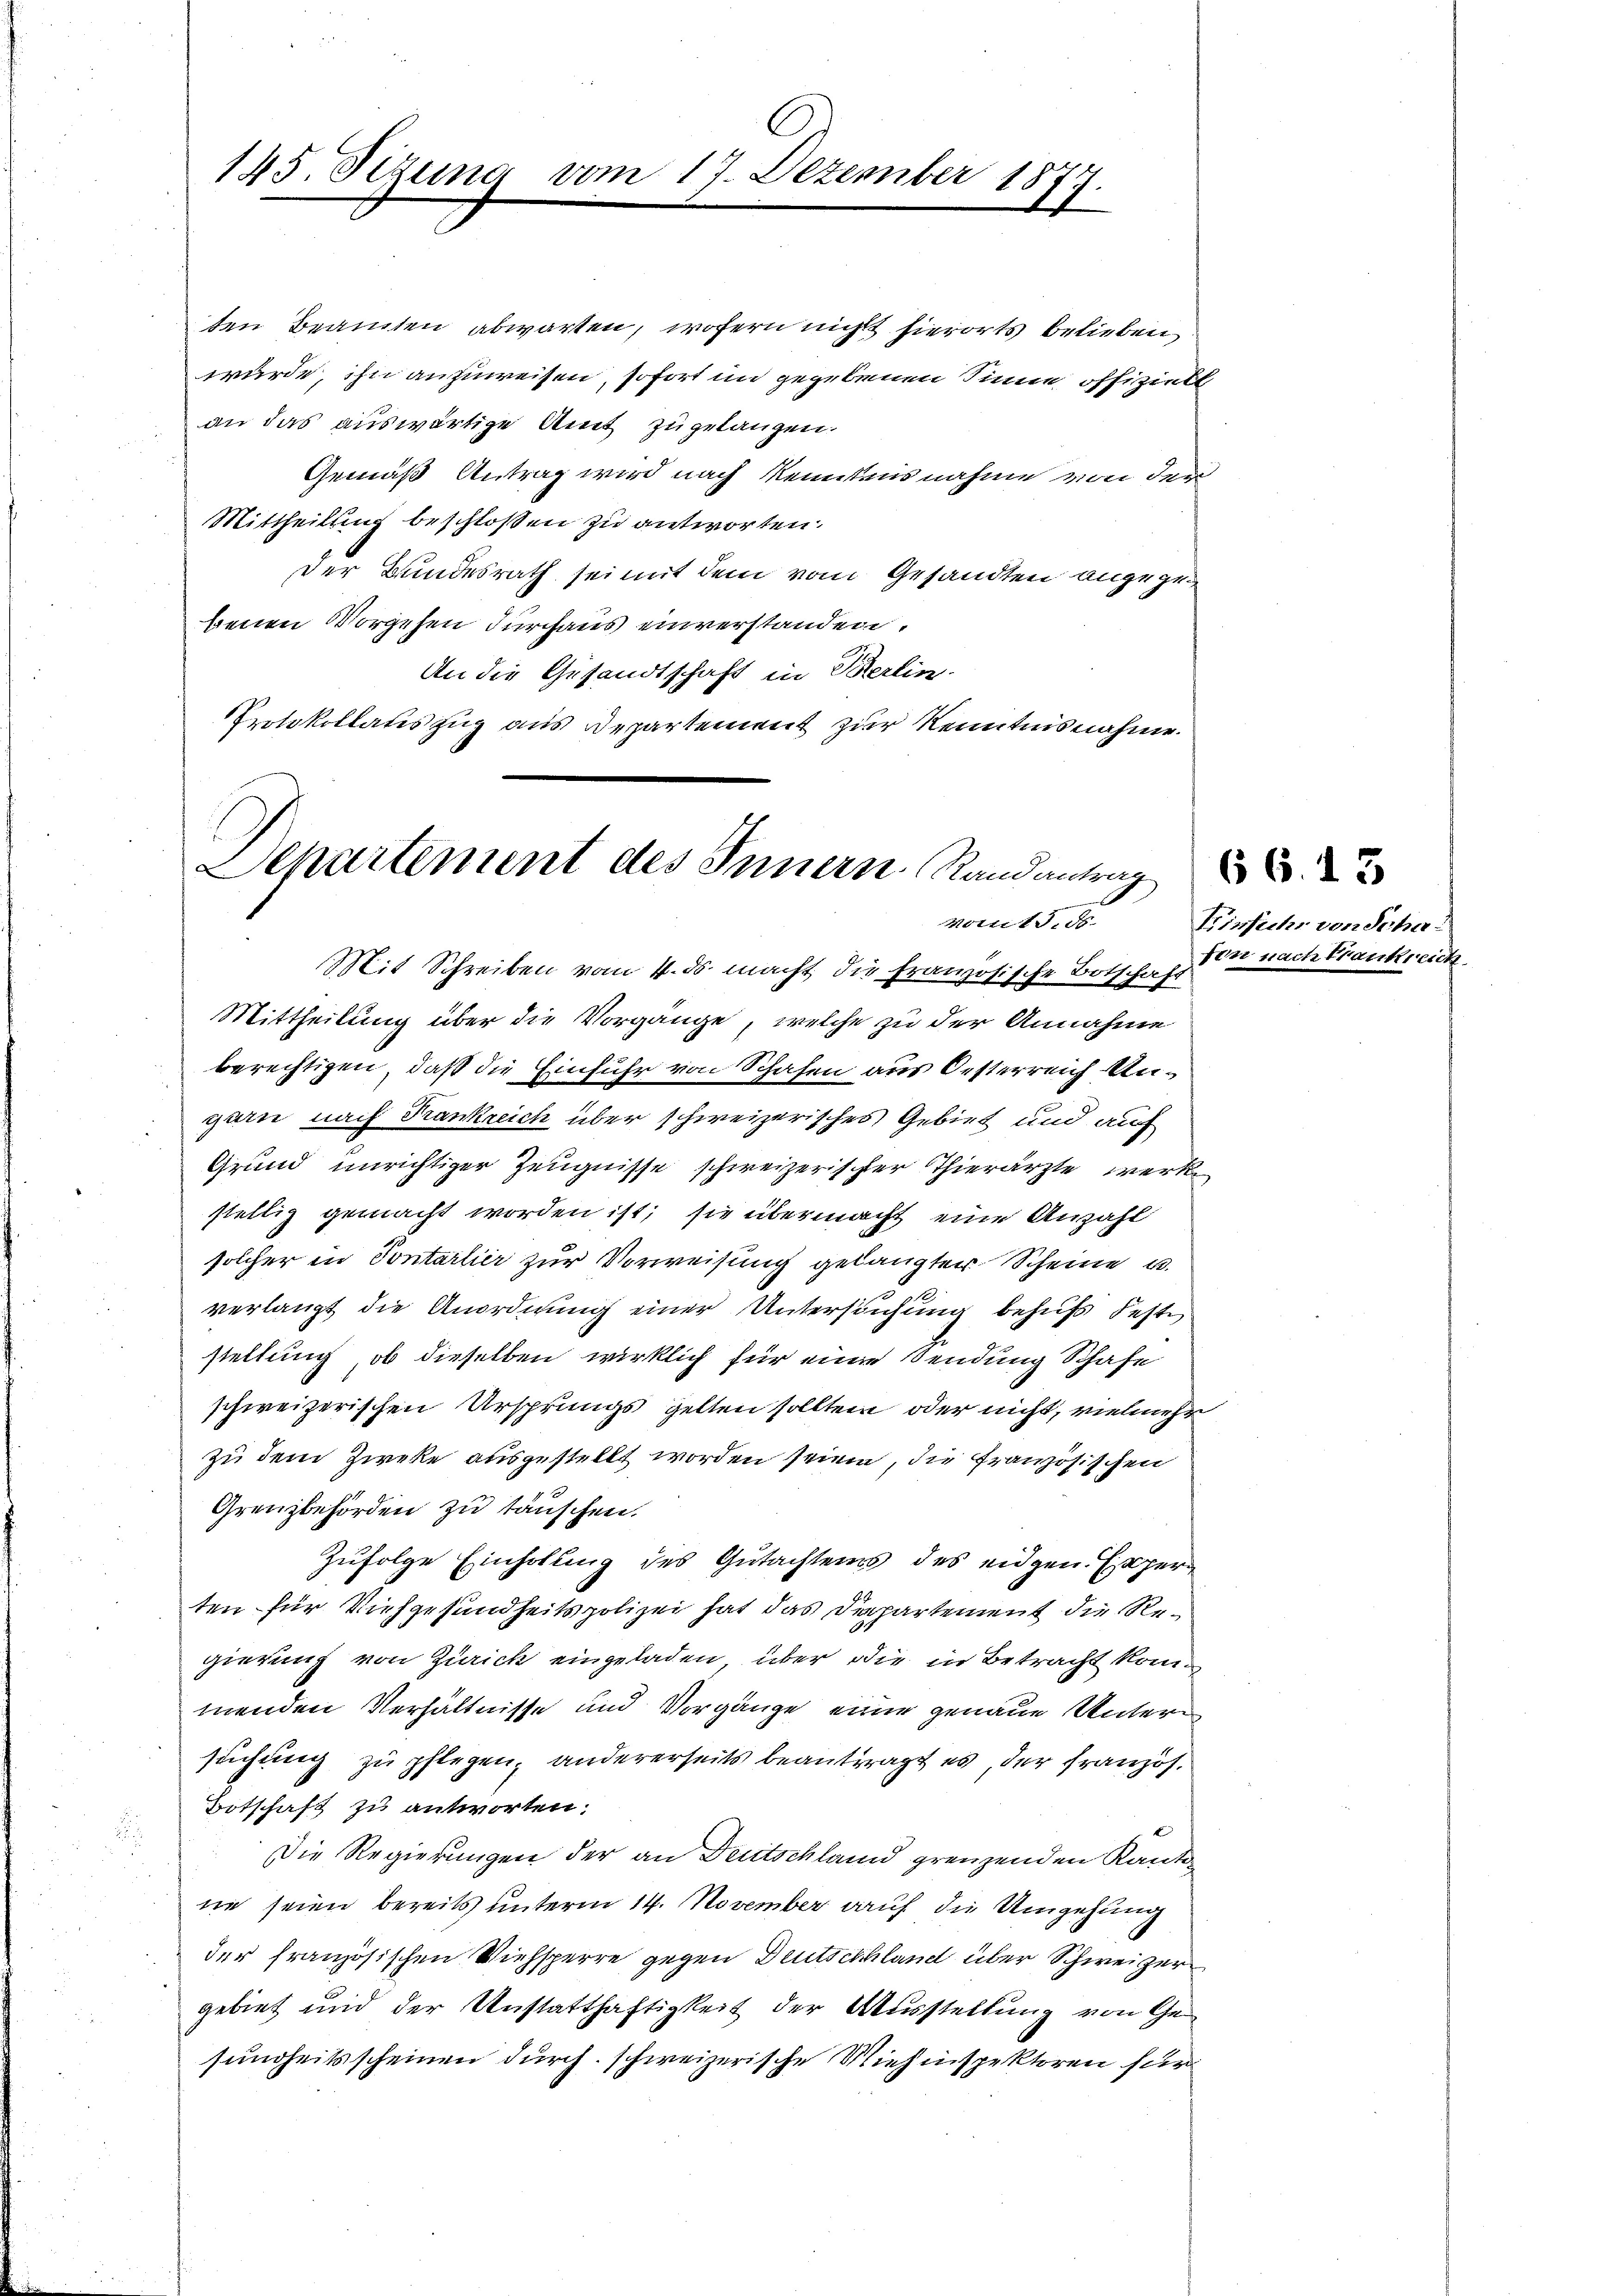
145. Setzung vom 17. Dezember 1877.

Departement des Innern. Randantrag
vom 15. 56.

ten Beamten abwarten, wofern nicht hierorts belieben
würde, ihn anzuweisen, sofort in gegebenen Sinne offizielt
an das auswärtige Amt zugelangen.
Gemäß Antrag wird nach Reintausnahme von der
Mittheilung beschloßen zu antworten.
Der Bundesrath sei mit dem vom Gesandten angegebenen Vorgehen durchaus einverstanden.
An die Gesandtschaft in Berlin.
Protokollauszug aus Departement zur Kenntnisnahme.
Mit Schreiben vom 4. ds. macht die französische Botschaft
Mittheilung über die Vorgänge, welche zu der Annahme
berechtigen, daß die Einfuhr von Schafen aus Oesterreich Angarie nach Frankreich über schweizerisches Gebiet und auf
Grund unrichtiger Zeugnisse schweizerischer Thierärzte, werk
stellig gemacht worden ist; sie übermacht eine Anzahl
solcher in Sontarlier zur Vorweisung gelangter Scheine u.
verlangt die Anordnung einer Untersuchung behufs Feste
stellung, ob dieselben wirklich für eine Sendung Schafe
schweizerischen Ursprungs gelten sollten oder nicht, vielmehr
zu dem Zieke ausgestellt worden seien, die französischen
Grenzbehörden zu täuschen.
Zufolge Einhollung des Gutachtens des eidgen. Esperten für Viehgesundheitspolizei hat das Departement die Regierung von Zürich eingeladen, über die in Betracht kommenden Verhältnisse und Vorgänge einer genaue Untern
suchung zu pflegen, andererseits beantragt es, der Französ.
Botschaft zu antworten:
Die Regierungen der an Deutschland grenzenden Kantone seien bereits unterm 14. November auf die Umgehung
der französischen Viehsperre gegen Deutschland über Schweizer
gebiet und der Unstatthaftigkeit der Ausstellung von Gesundheitsscheinen durch schweizerische Miehinspektoren für

Einsich von Scha
fen nach Frankreich

66. 45